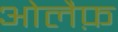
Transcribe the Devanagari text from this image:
ओलैफ़